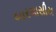
બારમાસીય